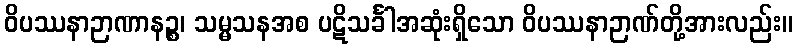
ဝိပဿနာဉာဏာနဉ္စ၊ သမ္မသနအစ ပဋိသင်္ခါအဆုံးရှိသော ဝိပဿနာဉာဏ်တို့အားလည်း။